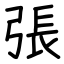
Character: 張